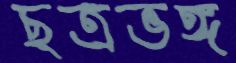
ছত্রভঙ্গ